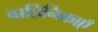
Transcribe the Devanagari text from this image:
वाहिनिकाएँ